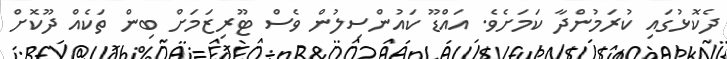
ދެކޮޅުގައި ކުރަމުންދާ ކަމަށެވެ. އައްޑޫ ކައުންސިލުން ވެސް ޓޫރިޒަމަށް ބިން ތަކެއް ދޫކޮށް